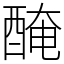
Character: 醃